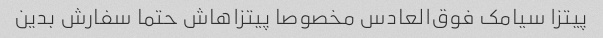
پیتزا سیامک فوق‌العادس مخصوصا پیتزاهاش حتما سفارش بدین